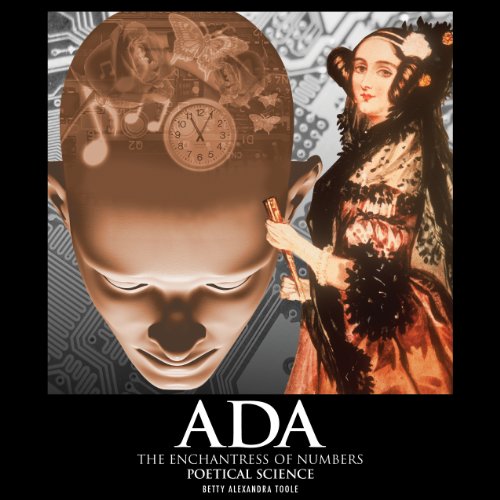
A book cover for Ada, the Enchantress of Numbers: Poetical Science; Betty Alexandra Toole; Biographies & Memoirs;